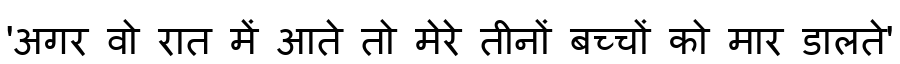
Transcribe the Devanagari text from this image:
'अगर वो रात में आते तो मेरे तीनों बच्चों को मार डालते'